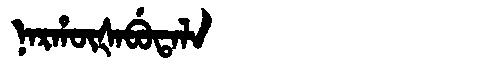
Manchu: ᠨᠠᡵᡥᡡᡧᠠᠪᡠᡨᠠᠯᠠ
Romanization: NARHŪŠABUTALA